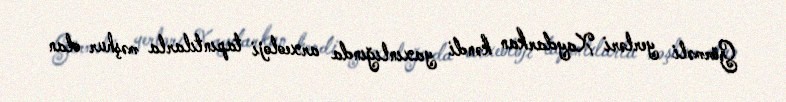
Görməli yerləri Xaydarkan kəndi yaxınlığında arxeoloji tapıntılarla məşhur olan